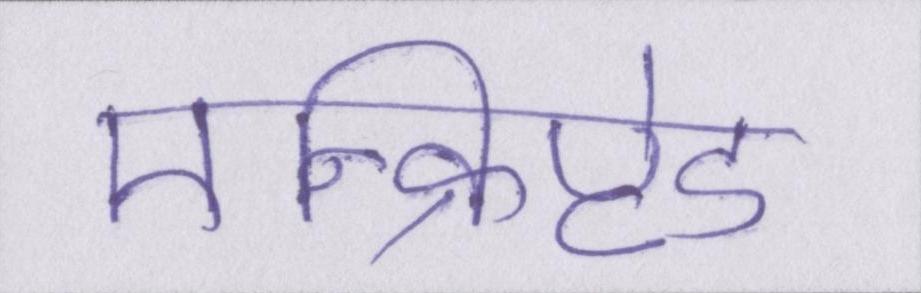
एन्क्रिप्टेड